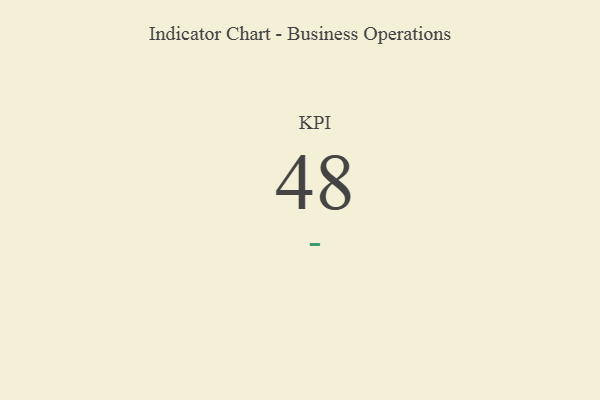
{"axis": {"x": "KPI", "y": "Value"}, "legend": [""], "data": [{"x": "KPI", "y": 48, "type": ""}]}